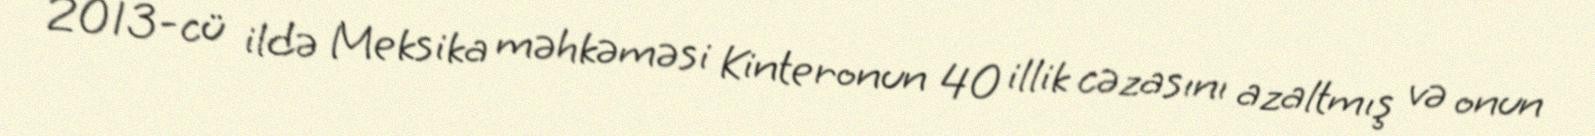
2013-cü ildə Meksika məhkəməsi Kinteronun 40 illik cəzasını azaltmış və onun